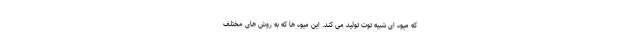
که میوه ای شبیه توت تولید می کند. این میوه ها که به روش های مختلف